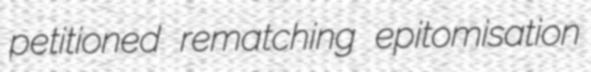
petitioned rematching epitomisation